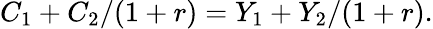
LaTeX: C_{1}+C_{2}/(1+r)=Y_{1}+Y_{2}/(1+r).